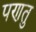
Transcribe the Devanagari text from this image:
पणतु